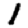
Digit: 1